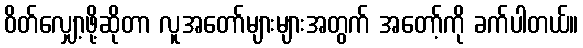
ဝိတ်လျှော့ဖို့ဆိုတာ လူအတော်များများအတွက် အတော့်ကို ခက်ပါတယ်။